Medical and sanitary report on the native army of Bombay for the year
Year: 1877
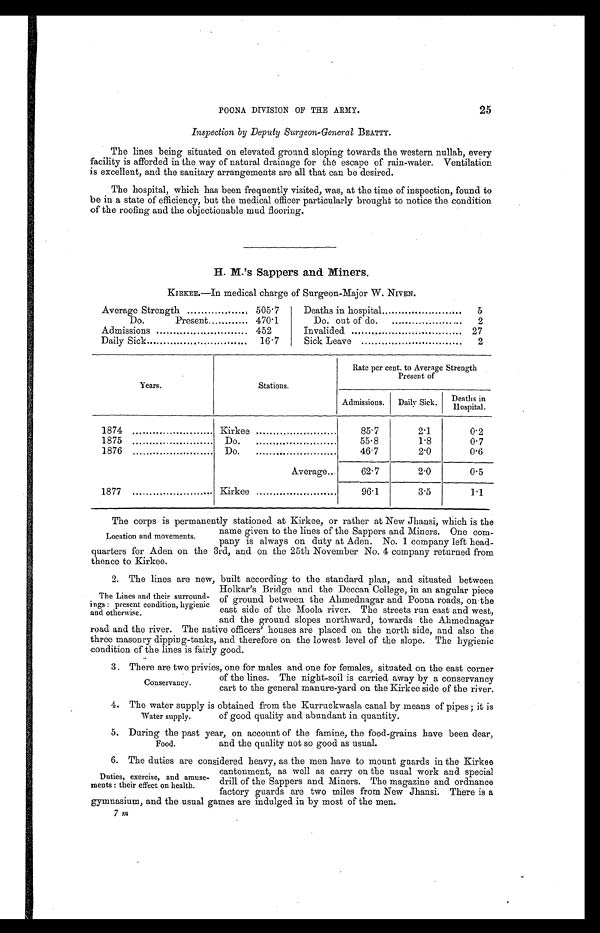
POONA DIVISION OF THE ARMY.
25
Inspection by Deputy Surgeon-General BEATTY.
The lines being situated on elevated ground sloping towards the western nullah every
facility is afforded in the way of natural drainage for the escape of rain-water. Ventilation
is excellent, and the sanitary arrangements are all that can be desired.
The hospital, which has been frequently visited, was, at the time of inspection, found to
be in a state of efficiency, but the medical officer particularly brought to notice the condition
of the roofing and the objectionable mud flooring.
H. M.'s Sappers and Miners.
KIRKEE.—In medical charge of Surgeon-Major W. NIVEN.
Average Strength
505 . 7
Deaths in hospital
5
Do.
Present
470.1
Do.out of do.
2
Admissions
452
Invalided
27
Daily Sick
16.7
Sick Leave
2
Years.
Stations.
Rate per cent. to Average Strength
Present of
Admissions.
Daily Sick.
Deaths in
Hospital.
1874
Kirkee
85.7
2.1
0.2
1875 .....................
Do.
55.8
1.8
0.7
1876 .....................
Do.
46.7
2.0
0.6
Average...
62.7
2.0
0.5
1877 .....................
Kirkee .....................
96.1
3.5
1.1
The corps is permanently stationed at Kirkee, or rather at New Jhansi, which is the
name given to the lines of the Sappers and Miners. One com-
pany is always on duty at Aden. No. 1 company left head-
quarters for Aden on the 3rd, and on the 25th November No. 4 company returned from
thence to Kirkee.
2 . T h e l i n e s a r e n e w , b u i l t a c c o r d i n g t o t h e s t a n d a r d p l a n , a n d s i t u a t e d b e t w e e n
Holkar's Bridge and the Deccan College, in an angular piece
of ground between the Ahmednagar and Poona roads, on the
east side of the Moola river. The streets run east and west,
and the ground slopes northward, towards the Ahmednagar
road and the river. The native officers' houses are placed on the north side, and also the
three masonry dipping-tanks, and therefore on the lowest level of the slope. The hygienic
condition of the lines is fairly good.
3 . T h e r e a r e t w o p r i v i e s , o n e f o r m a l e s a n d o n e f o r f e m a l e s , s i t u a t e d o n t h e e a s t c o r n e r
of the lines. The night-soil is carried away by a conservancy
cart to the general manure-yard on the Kirkee side of the river.
4. The water supply is obtained from the Kurruckwasla canal by means of pipes ; it is
of good quality and abundant in quantity.
5. During
the past year, on account of the famine, the food-grains have been dear,
and the quality not so good as usual.
6. The duties are considered heavy, as the men have to mount guards in the Kirkee
cantonment, as well as carry on the usual work and special
drill of the Sappers and Miners. The magazine and ordnance
factory guards are two miles from New Jhansi. There is a
gymnasium, and the usual games are indulged in by most of the men.
Location and movements.
The Lines and their surround-
ings : present condition, hygienic
and otherwise.
Conservancy.
Water supply.
Food.
Duties, exercise, and amuse-
ments : their effect on health.
7m